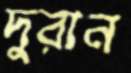
দুরান